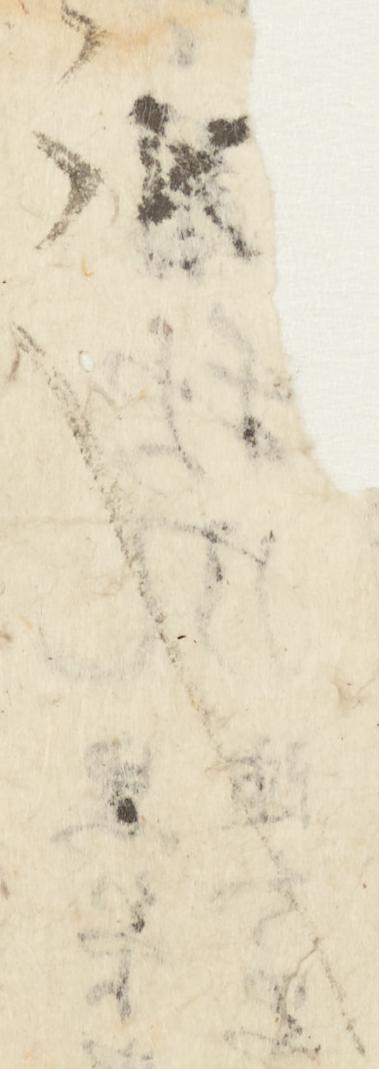
言